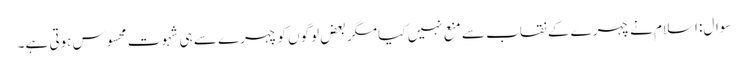
سوال: اسلام نے چہرے کے نقاب سے منع نہیں کیا مگر بعض لوگوں کو چہرے سے ہی شہوت محسوس ہوتی ہے۔